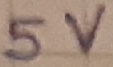
Text: 5V